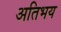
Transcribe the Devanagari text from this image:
अतिभय